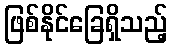
ဖြစ်နိုင်ခြေရှိသည့်